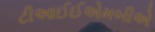
ટીઆઈઈએમબીએ